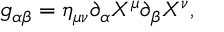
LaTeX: g _ { \alpha \beta } = \eta _ { \mu \nu } \partial _ { \alpha } X ^ { \mu } \partial _ { \beta } X ^ { \nu } ,